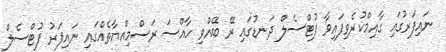
ނައިފަރުގައި ގާއިމްކުރެވިފައިވާ ފުޓްސެލް ދަނޑުގައި ރޭ ބޭއްވި ހާއްސަ ރަސްމިއްޔާތެއްގައި ނައިފަރު ފުޓްސެލް